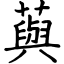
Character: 藇